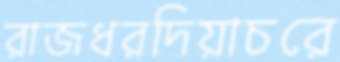
রাজধরদিয়াচরে